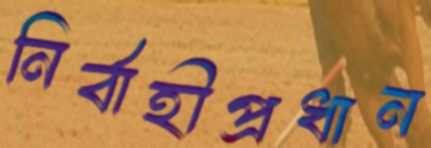
নির্বাহীপ্রধান